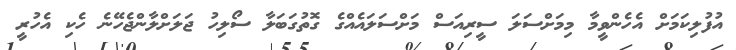
އުފުލިކަމަށް އެހެންވީމާ މިމަށްސަލަ ސީރިއަސް މަށްސަލައެއްގެ ގޮތުގަބަލާ ސޯލިހު ޖަލަށްލާންޖެހޭނެ ހެކި އެހުރީ